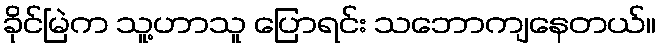
ခိုင်မြဲက သူ့ဟာသူ ပြောရင်း သဘောကျနေတယ်။